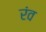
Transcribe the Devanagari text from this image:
रंव